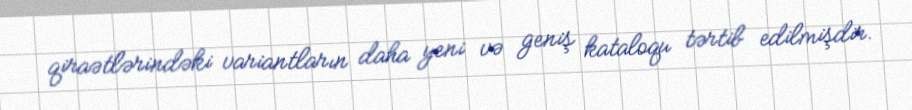
qiraətlərindəki variantların daha yeni və geniş kataloqu tərtib edilmişdir.